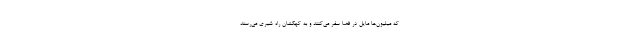
که میلیون‌ها مایل در فضا سفر می‌کنند و به کهکشان راه ‌شیری می‌رسند